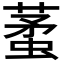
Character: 𧍟